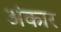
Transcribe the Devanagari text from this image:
अंकार